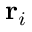
\mathbf { r } _ { i }